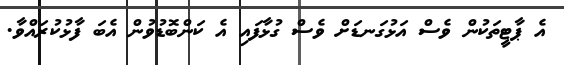
އެ ޕާޓީތަކުން ވެސް އަޅުގަނޑަށް ވެސް ގުޅާފައި އެ ކަންބޮޑުވުން އެބަ ފާޅުކުރައްވާ.